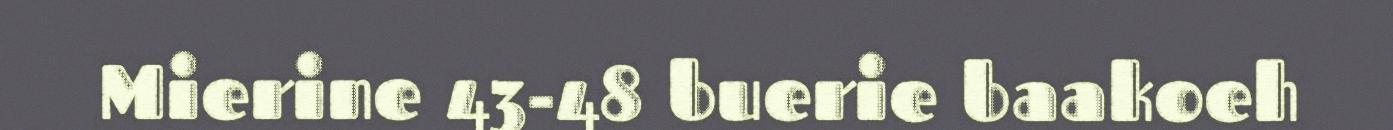
Mierine 43-48 buerie baakoeh